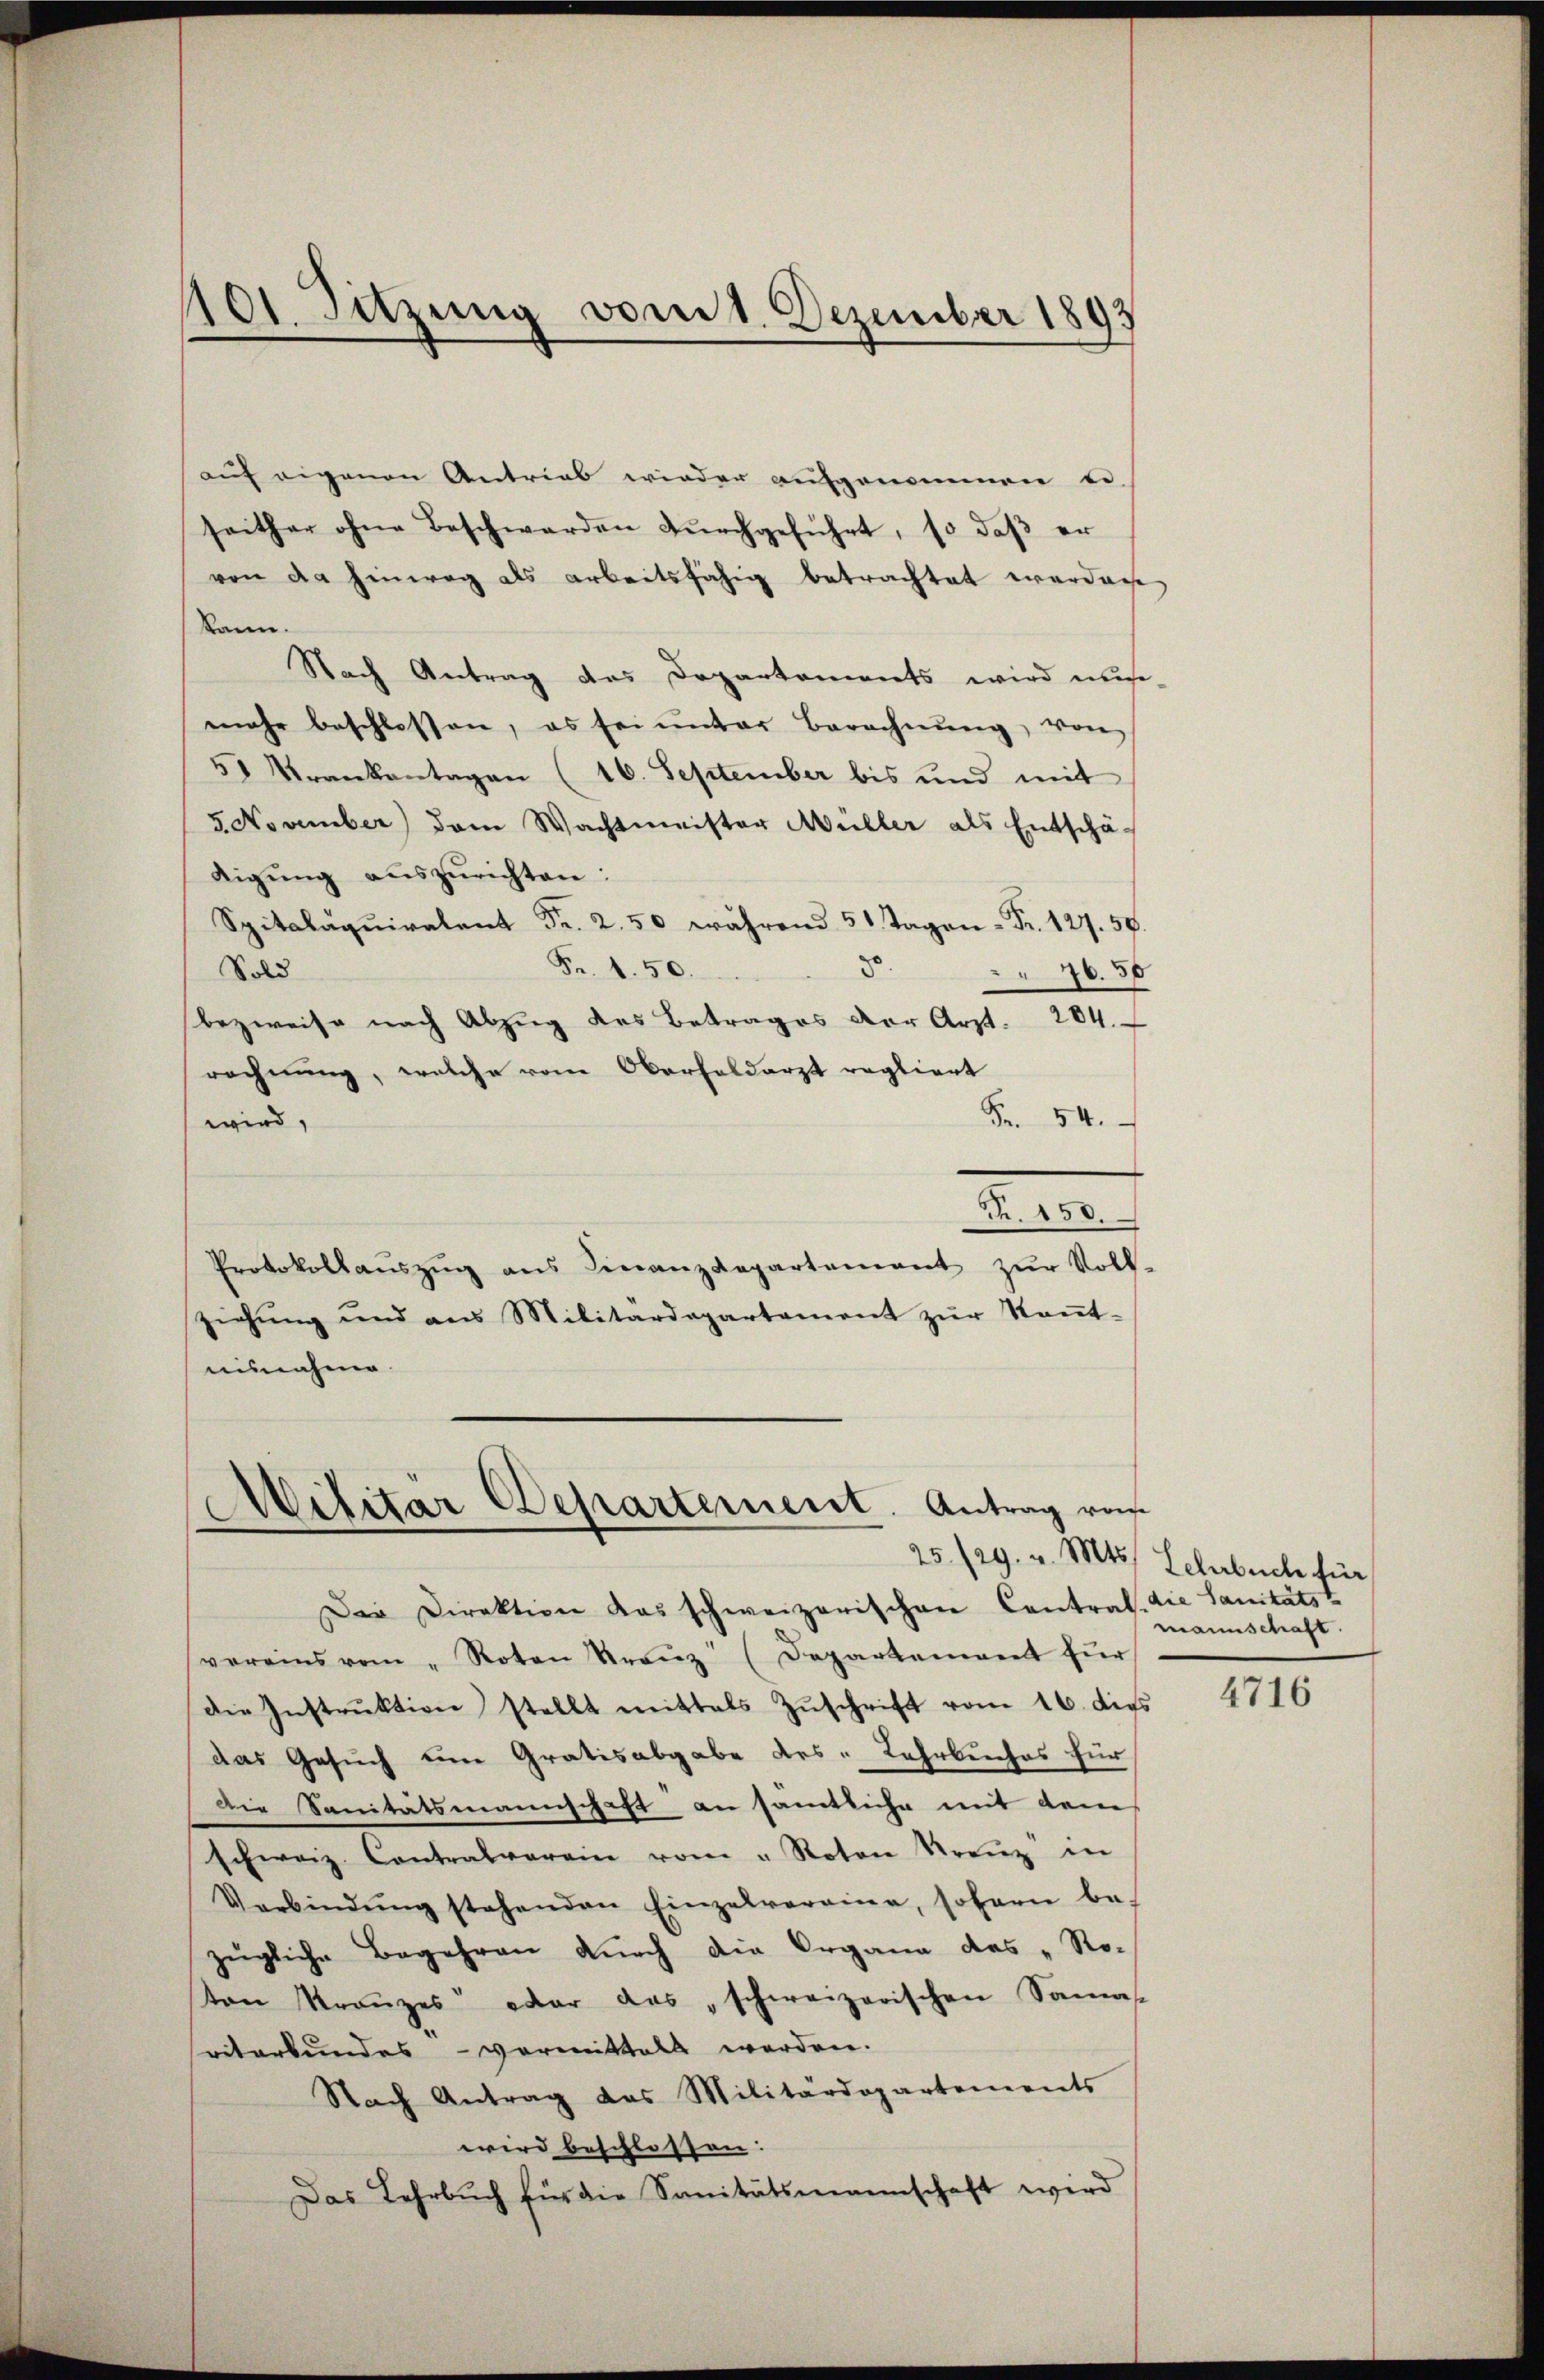
101. Sitzung vom 1. Dezember 1893

auf eigenen Antrieb wieder aufgenommen e
seither ohne Beschwerden dŭrchgeführt, so daβ er
von da hinweg als arbeitsfähig betrachtet werden
kann.
Nach Antrag des Departements wird mus
mehr beschlossen, es sei ŭnter Berechnŭng, von
51 Krankentagen (16. September bis und mit
5. November dem Wachtmeister Müller als Entschä-
digŭng aŭszŭrichten:
Spitalaquiralent Fr. 2.50 während 51 Tagen - Fr. 127. 58.
8
Fr. 1. 50.
Sold
76.50
bezweife nach Abzug des Betrages der Arzt. 284.
rechnung, welche vom Oberholdarzt regliert
Fr. 54.
wird,
R. 150.
Protokollaŭszŭg ans Finanzdepartement zŭr Voll-
ziehŭng und ans Militärdepartement zŭr Keṅt-
ausnahme.

Militär Departement. Antrag von
25./29. v. Mts. Lehrbuch für

Der Direktion das schweizerischen Contral. die Sanitäts-
vereins vom "Roten Franz (Departement für
die Instrŭktion stellt mittels Zŭschrift vom 16. dies
das Gesuch eine Gratisabgabe des Lahrbuches für
Die Sanitätsmannschaft an sämtliche mit dem
schweiz. Contralverein vom "Roten Kreŭz in
Verbindŭng stehenden Einzelvereine, sofern be-
zügliche Begehren dŭrch die Organe das „Ro-
on Kranzes oder das „schweizerischen Samas-
seiterbundes - vormittall werden.
Nach Antrag das Militärdepartements
wird beschlossen:
Das Lehrbuch für die Sanitätsmannschaft wird

mannschaft.

4716